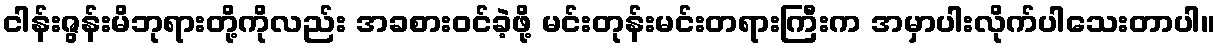
ငါန်းဇွန်းမိဘုရားတို့ကိုလည်း အခစားဝင်ခဲ့ဖို့ မင်းတုန်းမင်းတရားကြီးက အမှာပါးလိုက်ပါသေးတာပါ။